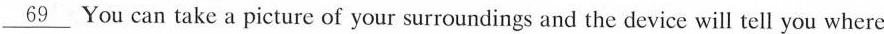
\underline{69} You can take a picture of your surroundings and the device will tell you where